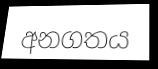
අනගතය